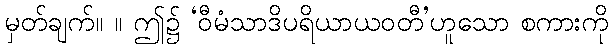
မှတ်ချက်။ ။ ဤ၌ ‘ဝီမံသာဒိပရိယာယဝတီ’ဟူသော စကားကို